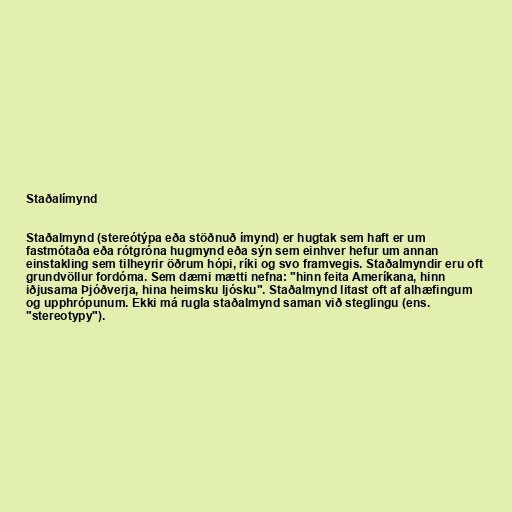
Staðalímynd

Staðalmynd (stereótýpa eða stöðnuð ímynd) er hugtak sem haft er um
fastmótaða eða rótgróna hugmynd eða sýn sem einhver hefur um annan
einstakling sem tilheyrir öðrum hópi, ríki og svo framvegis. Staðalmyndir eru oft
grundvöllur fordóma. Sem dæmi mætti nefna: "hinn feita Ameríkana, hinn
iðjusama Þjóðverja, hina heimsku ljósku". Staðalmynd litast oft af alhæfingum
og upphrópunum. Ekki má rugla staðalmynd saman við steglingu (ens.
"stereotypy").